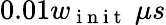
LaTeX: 0.01w_{\mathrm{~i~n~i~t~}}\ \mu s